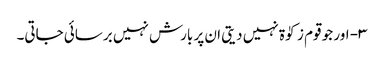
۳- اور جو قوم زکوٰۃ نہیں دیتی ان پر بارش نہیں برسائی جاتی۔